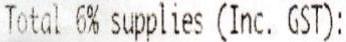
TOTAL 6% SUPPLIES (INC. GST):